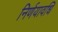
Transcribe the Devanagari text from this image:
निर्णयावधि